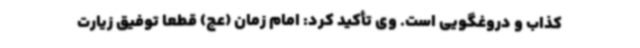
کذاب و دروغگویی است. وی تأکید کرد: امام زمان (عج) قطعا توفیق زیارت